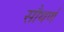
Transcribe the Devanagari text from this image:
सौथर्ण